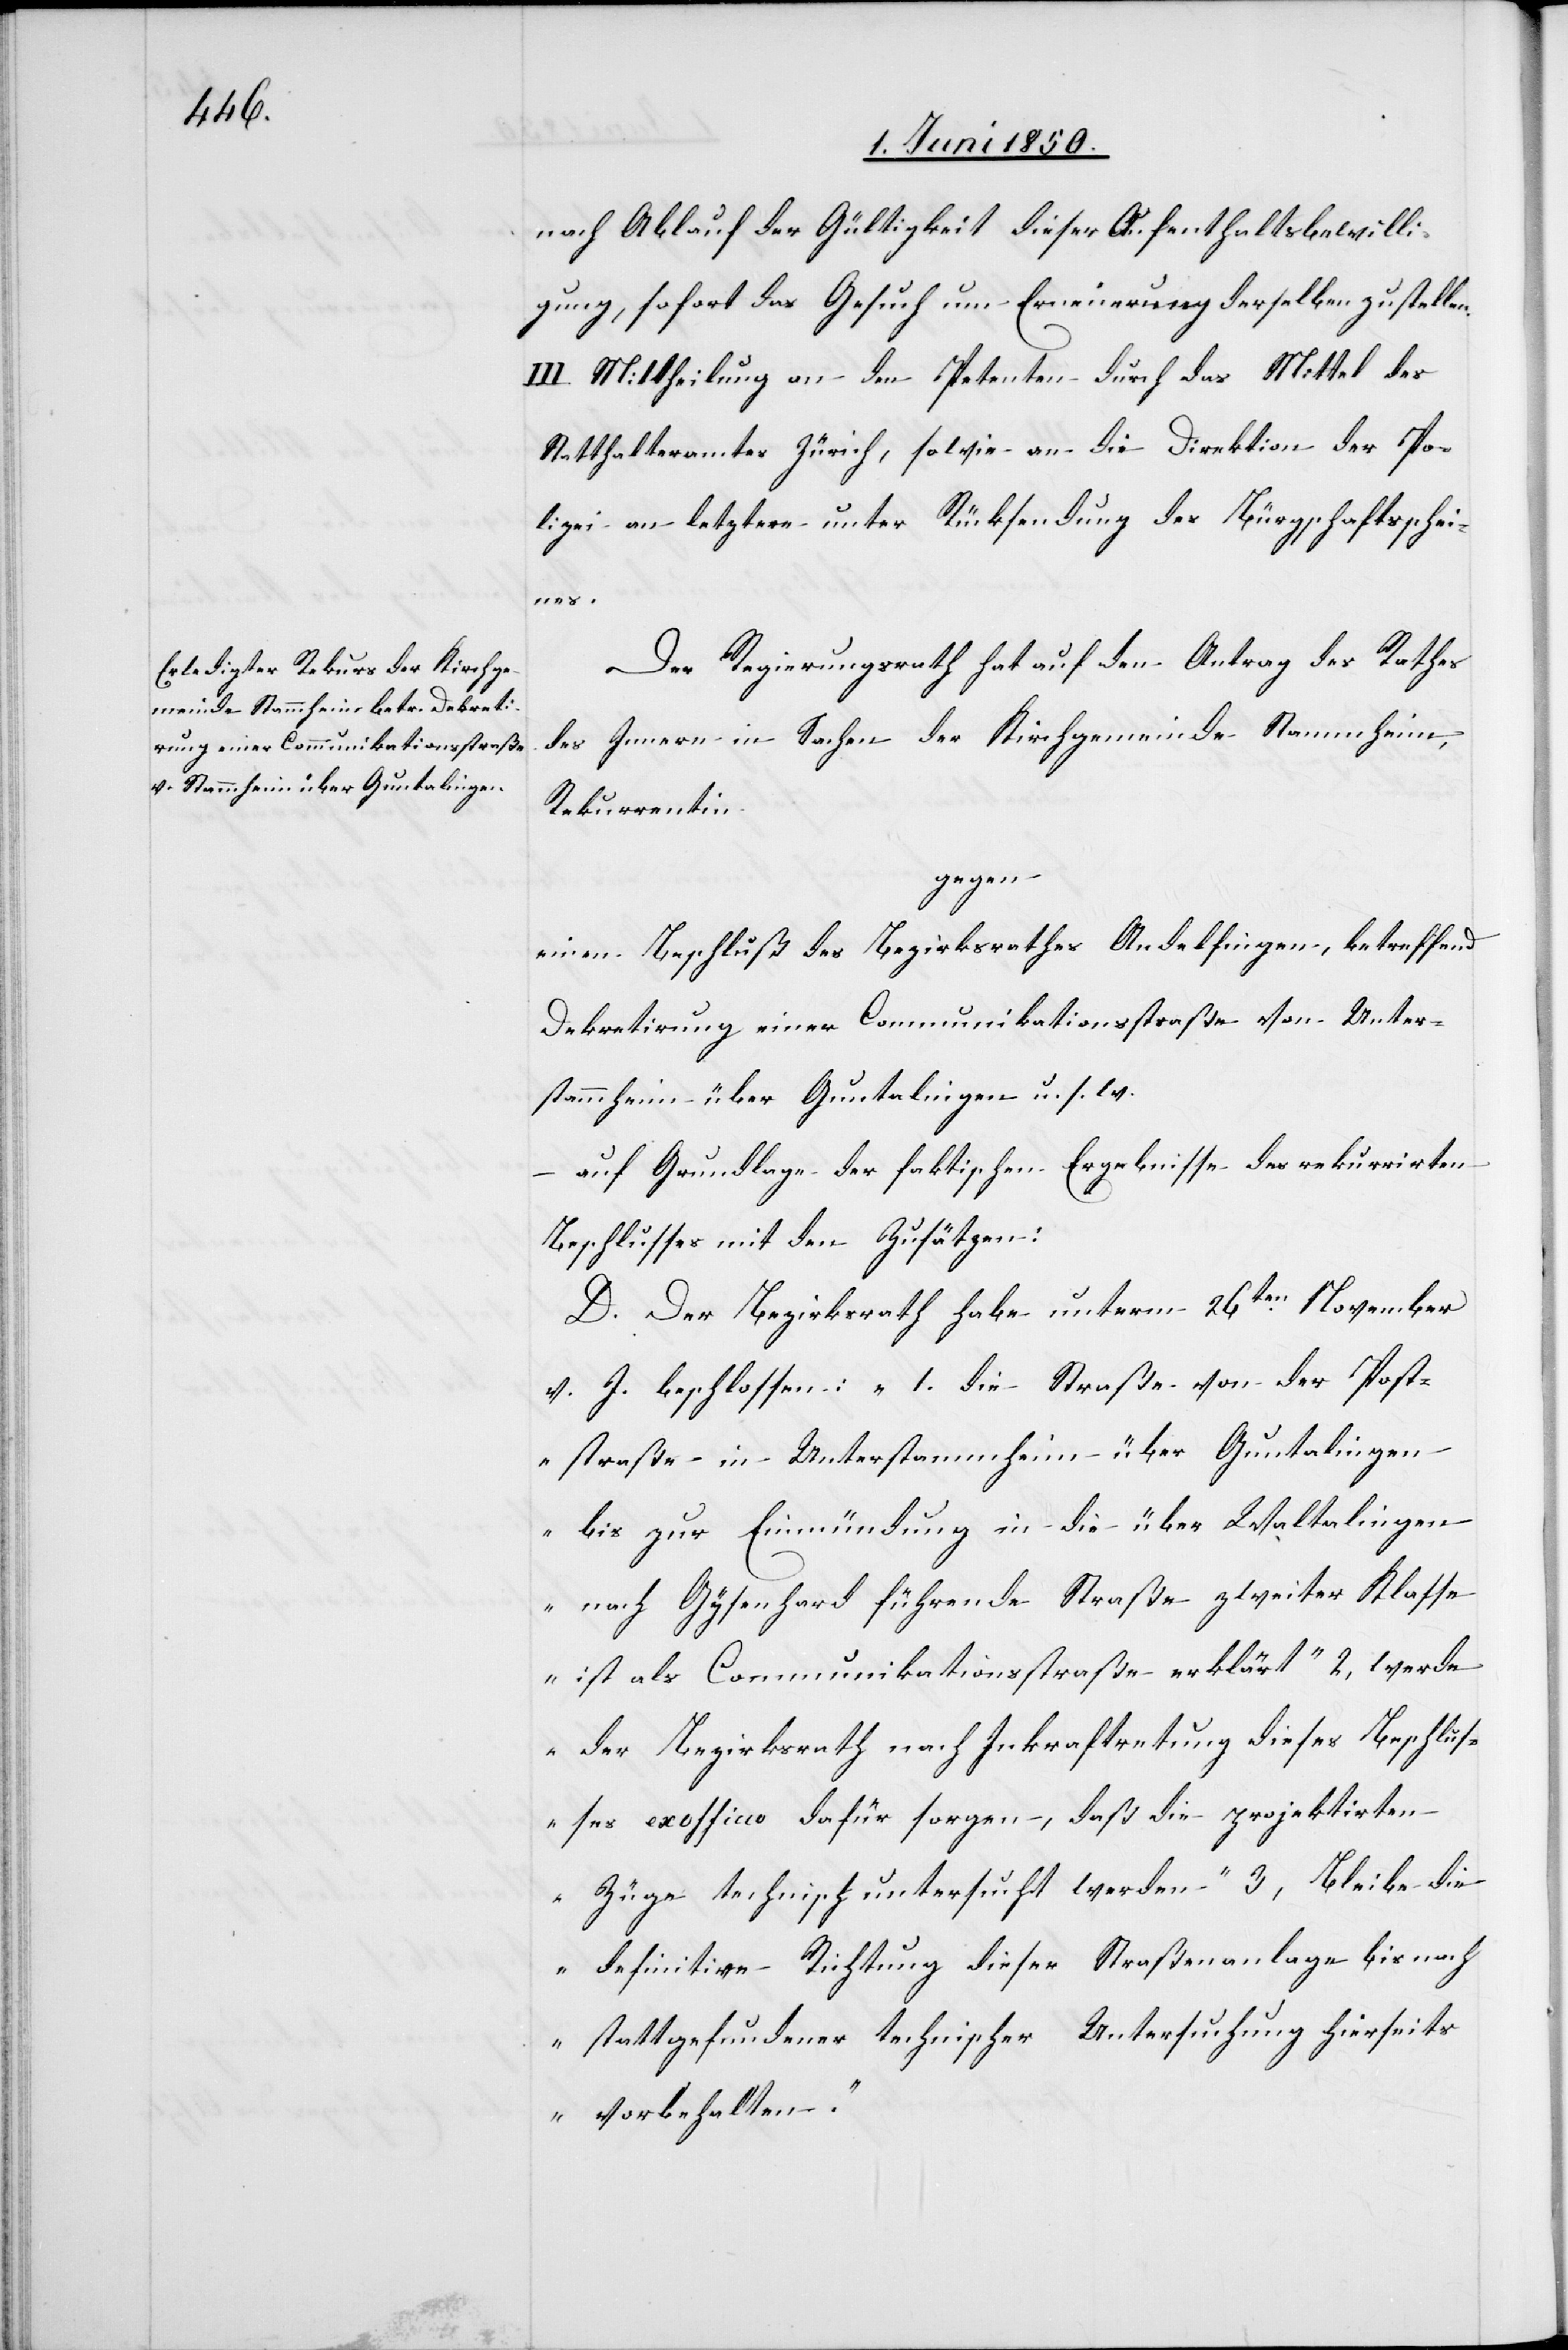
nach Ablauf der Gültigkeit dieser Aufenthaltsbewilli¬
gung, sofort das Gesuch um Erneuerung derselben zu stellen.
III. Mittheilung an den Petenten durch das Mittel des
Statthalteramtes Zürich, sowie an die Direktion der Po¬
lizei an letztere unter Rücksendung des Bürgschaftsschei¬
nes.
Der Regierungsrath hat auf den Antrag des Rathes
des Innern in Sachen der Kirchgemeinde Stammheim,
Rekurrentin
gegen
einen Beschluß des Bezirksrathes Andelfingen, betreffend
Dekretirung einer Communikationsstraße von Unter¬
stammheim über Guntalingen u. s. w.
auf Grundlage der faktischen Ergebnisse des rekurrirten
werde
Beschlusses mit den Zusätzen:
D. Der Bezirksrath habe unterm 26ten November
v. J. beschlossen: „1. die Straße von der Post¬
straße in Unterstammheim über Guntalingen
bis zur Einmündung in die über Waltalingen
nach Gysenhard führende Straße erklärt“
der Bezirksrath nach Inkraftretung dieses Beschlus¬
ses exofficco dafür sorgen, daß die projektirten
Züge technisch untersucht werden“ [„]3, Bleibe die
definitive Richtung dieser Straßenanlage bis nach
stattgefundener technischer Untersuchung hierseits
vorbehalten.“